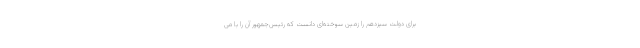
برای دولت سیزدهم را زمین سوخته‌ای دانست که رئیس‌جمهور آن را با می